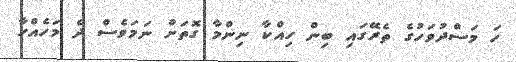
ހަ މަސްދުވަހުގެ ތެރޭގައި ބިން ހިއްކާ ނިންމާ ގޮތަށް ނަމަވެސް ދެ މަހެއްހާ